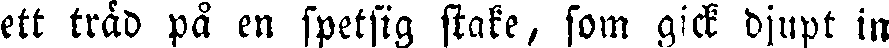
ett träd på en spetsig stake, som gick djupt in